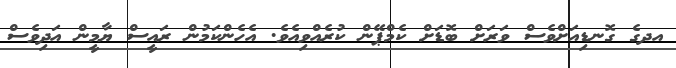
އދގެ ގޮނޑިއަށްވެސް ވަރަށް ބޮޑަށް ކެމްޕޭން ކުރެއްވިއެވެ. އެހެންކަމުން ރައީސް ޔާމީން އަދިވެސް